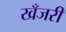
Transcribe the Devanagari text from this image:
खँजरी